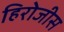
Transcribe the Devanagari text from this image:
हिरोजीस